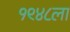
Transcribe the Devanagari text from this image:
१९४८ला